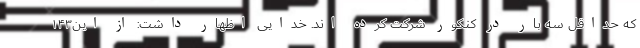
که حداقل سه بار در کنکور شرکت کرده اند. خدایی اظهار داشت: از این۱۴۳